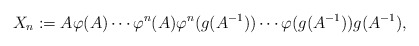
\begin{align*}X_n :=A \varphi (A) \cdots\varphi ^n (A) \varphi ^n (g(A^{-1})) \cdots \varphi (g(A^{-1})) g(A^{-1}),\end{align*}